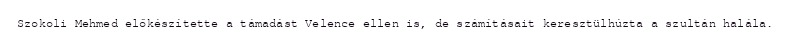
Szokoli Mehmed előkészítette a támadást Velence ellen is, de számításait keresztülhúzta a szultán halála.